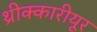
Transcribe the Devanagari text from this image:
थ्रीक्कारीयूर